Plague in India, 1896, 1897 - Volume 3
Year: 1896
Disease focus: Plague
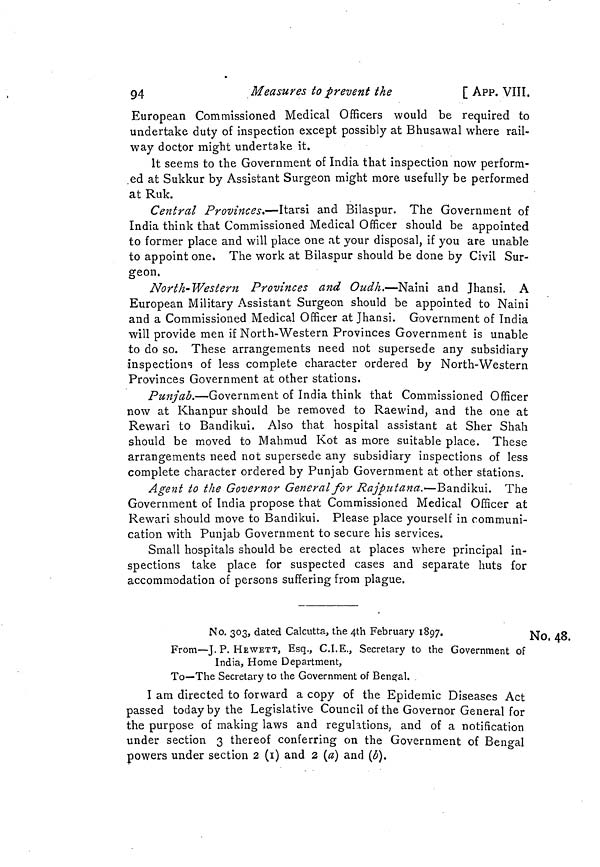
94
Measures to prevent the
[ APP. VIII.
European Commissioned Medical Officers would be required to
undertake duty of inspection except possibly at Bhusawal where rail-
way doctor might undertake it.
It seems to the Government of India that inspection now perform-
.ed at Sukkur by Assistant Surgeon might more usefully be performed
at Ruk.
Central Provinces.—Itarsi and Bilaspur. The Government of
India think that Commissioned Medical Officer should be appointed
to former place and will place one at your disposal, if you are unable
to appoint one. The work at Bilaspur should be done by Civil Sur-
geon,
North-Western Provinces and Oudh.—Naini and Jhansi. A
European Military Assistant Surgeon should be appointed to Naini
and a Commissioned Medical Officer at Jhansi. Government of India
will provide men if North-Western Provinces Government is unable
to do so. These arrangements need not supersede any subsidiary
inspections of less complete character ordered by North-Western
Provinces Government at other stations.
Punjab.—Government of India think that Commissioned Officer
now at Khanpur should be removed to Raewind, and the one at
Rewari to Bandikui. Also that hospital assistant at Sher Shah
should be moved to Mahmud Kot as more suitable place. These
arrangements need not supersede any subsidiary inspections of less
complete character ordered by Punjab Government at other stations.
Agent to the Governor General for Rajputana.—Bandikui. The
Government of India propose that Commissioned Medical Officer at
Rewari should move to Bandikui. Please place yourself in communi-
cation with Punjab Government to secure his services.
Small hospitals should be erected at places where principal in-
spections take place for suspected cases and separate huts for
accommodation of persons suffering from plague.
No, 48.
No. 303, dated Calcutta, the 4th February 1897.
From—J.P. HEWETT, Esq., C.I.E., Secretary to the Government of
India, Home Department,
To—The Secretary to the Government of Bengal.
I am directed to forward a copy of the Epidemic Diseases Act
passed today by the Legislative Council of the Governor General for
the purpose of making laws and regulations, and of a notification
under section 3 thereof conferring on the Government of Bengal
powers under section 2 (1) and 2 (a) and (ó).